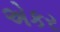
એકર